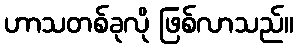
ဟာသတစ်ခုလို ဖြစ်လာသည်။